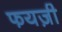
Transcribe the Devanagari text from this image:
फयज़ी